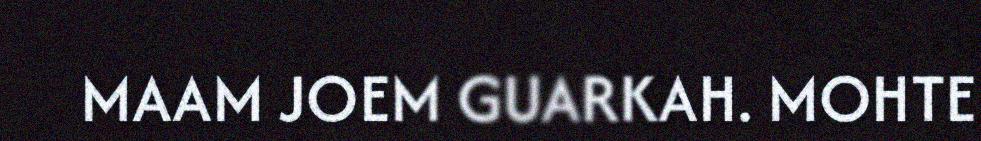
MAAM JOEM GUARKAH. MOHTE